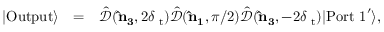
\begin{array} { r l r } { | \mathrm { O u t p u t } \rangle } & { = } & { \hat { \mathcal { D } } ( { \bf \hat { n } _ { 3 } } , 2 \delta { \it \Psi } _ { \mathrm { t } } ) \hat { \mathcal { D } } ( { \bf \hat { n } _ { 1 } } , \pi / 2 ) \hat { \mathcal { D } } ( { \bf \hat { n } _ { 3 } } , - 2 \delta { \it \Psi } _ { \mathrm { t } } ) | \mathrm { P o r t \ 1 } ^ { \prime } \rangle , } \end{array}